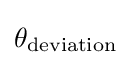
\theta _{\text{deviation}}